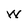
Character: W